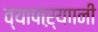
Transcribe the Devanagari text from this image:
व्यापाऱ्याानी